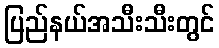
ပြည်နယ်အသီးသီးတွင်